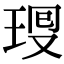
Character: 𤥜